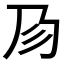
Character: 𢒀